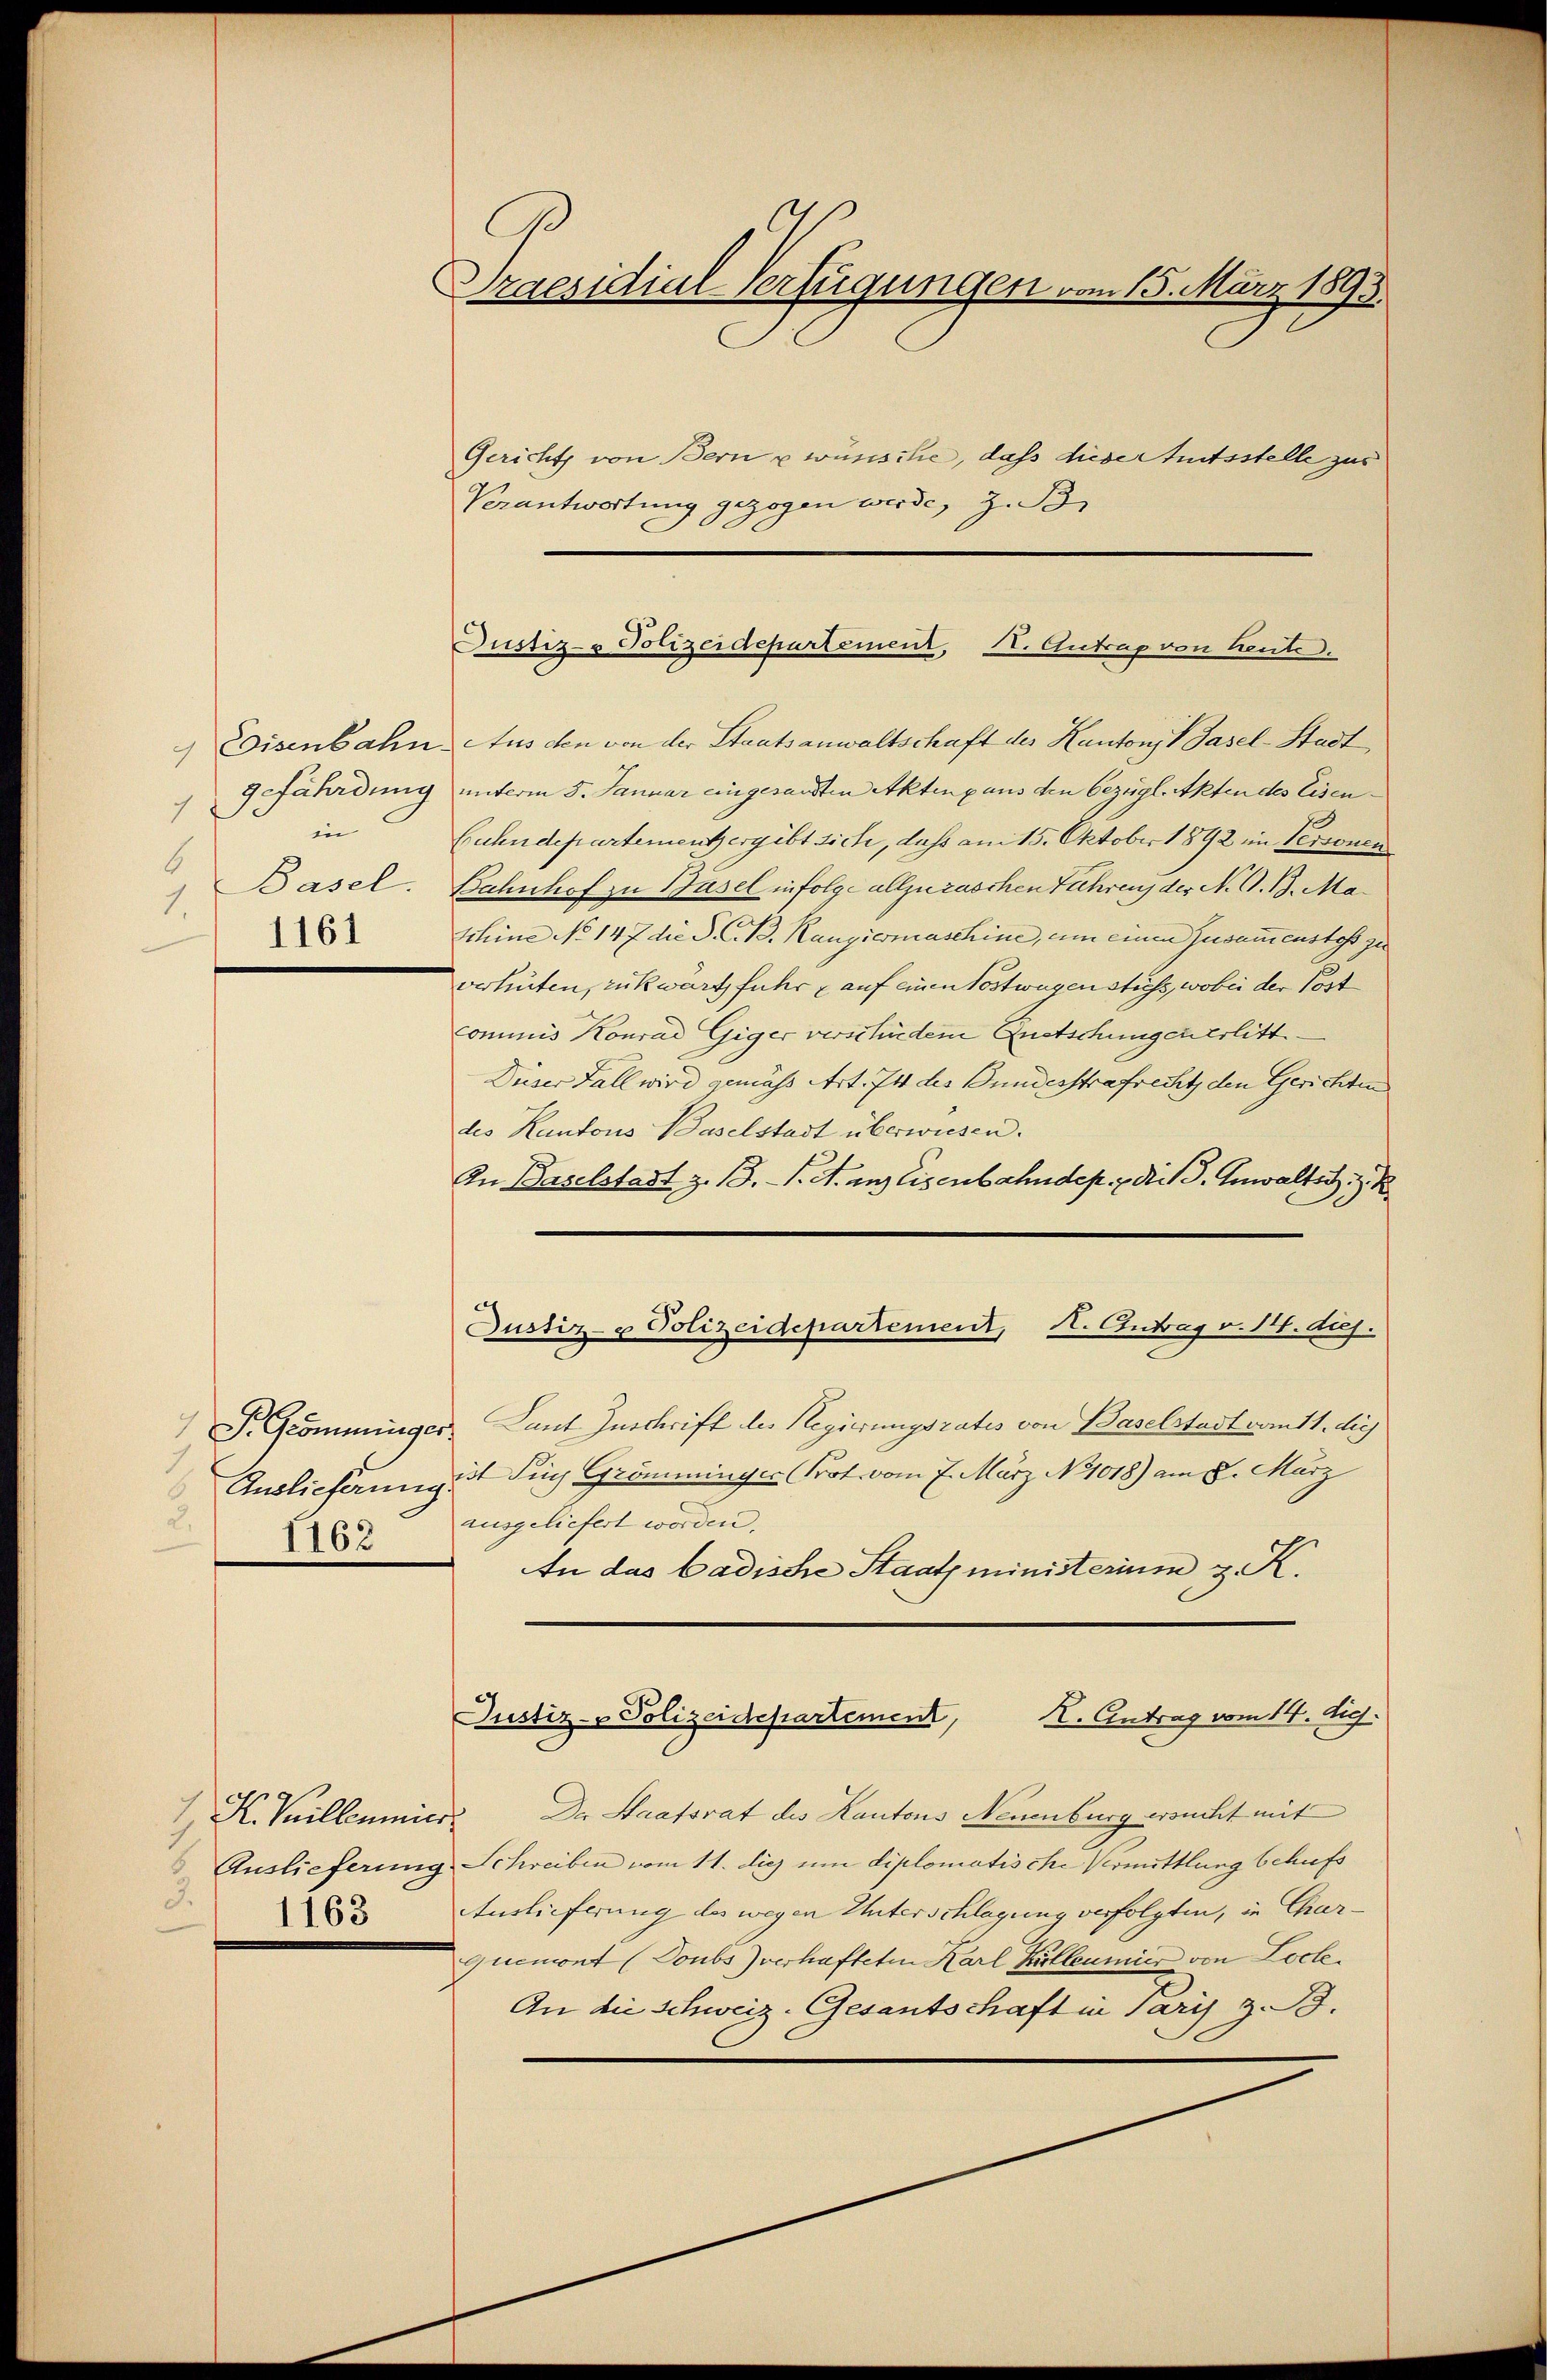
9 fährdung
in
6
Basel.
1.
1161

.
1163

I. Peillumier
3.
1163

Praesidial-Verfügungen vom 15. März 1893.

Gericht von Bern u wünsche, daß diese Amtsstelle zur
Verantwortung gezogen werde, z. B.

Justiz- & Polizeidepartement, St. Gutrag von heute.

Eisenbahn. Aus den von der Staatsanwaltschaft des Kantons 1 Fasel-Stadt
unterm 5. Januar eingesandten Akten aus den bezügl. Akten des Eisen¬
Euhndepartementz ergibt sich, daß am 15. Oktober 1892 in Personen
Bahnhof zu Basel infolge allzuraschen Fahren der N. G. B. Ma¬
Schine No 147 die P. C. B. Rangiermaschine, um einen Zusammenstoss zu
verhüten, rükwärts fuhr auf einen Postwagen stiess, wobei der Post
commis Konrad Giger verschieden Quetschungenerlitt
Dieser Fall wird gemäss Art. 74 des Bundesstrafrecht den Gerichten
des Kantons Baselstadt überwiesen.
An Baselstadt z. B. S. A. ans Eisenbahndep. Mit J. Anwalter z.
) S. Grömminger. Laut Zuschrift der Regierungsrates von Baselstadt vom 11. diej
Auslieferungst Sigg Grömminger Prot. vom 7. März No 1018) am 8. März
ausgeliefert worden,
An das badische Staatsministerium z. K.
K. Antrag vom 14. huj.
Justiz- Polizeidepartement,
Der Staatsrat des Kantons Neuenburg ersucht mit
Auslieferung Schreiben vom 11. dies um diplomatische Vermittlung schufs
Auslieferung des wegen Unterschlagung verfolgten, in Charquemont (Toubs verhafteten Karl Pärtleumier von Locke.
An die Schweiz. Gesants Saft in Paris z. B.

Justiz- & Polizeidepartement, St. Antrag v. 14. huj.